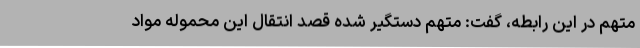
متهم در این رابطه، گفت: متهم دستگیر شده قصد انتقال این محموله مواد